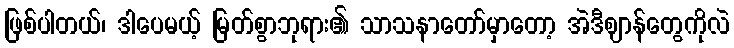
ဖြစ်ပါတယ်၊ ဒါပေမယ့် မြတ်စွာဘုရား၏ သာသနာတော်မှာတော့ အဲဒီဈာန်တွေကိုလဲ